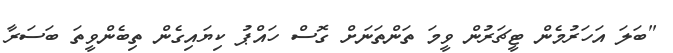
"ބަލަ އަހަރުމެން ޓީޗަރުން ވީމަ ތަންތަނަށް ގޮސް ހައްޕު ކިޔައިގެން ތިބެންވީތަ ބަސަރާ